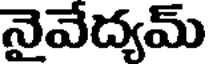
నైవేద్యమ్